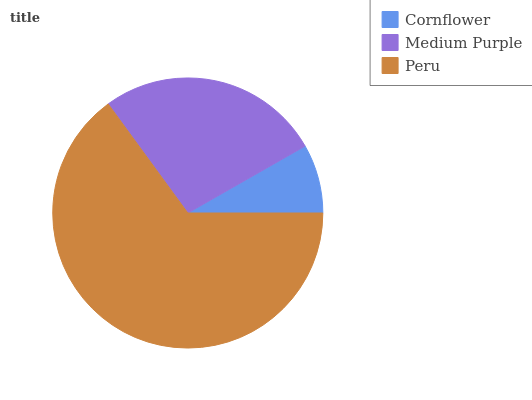
| Cornflower | Medium Purple | Peru |
 | --- | --- | --- |
 | 8.27% | 26.8% | 65% |